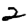
Digit: 2